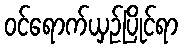
ဝင်ရောက်ယှဉ်ပြိုင်ရာ